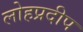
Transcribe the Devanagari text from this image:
लोहप्रदीप